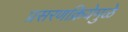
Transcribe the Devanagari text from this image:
प्रसरणक्रियेमुळे